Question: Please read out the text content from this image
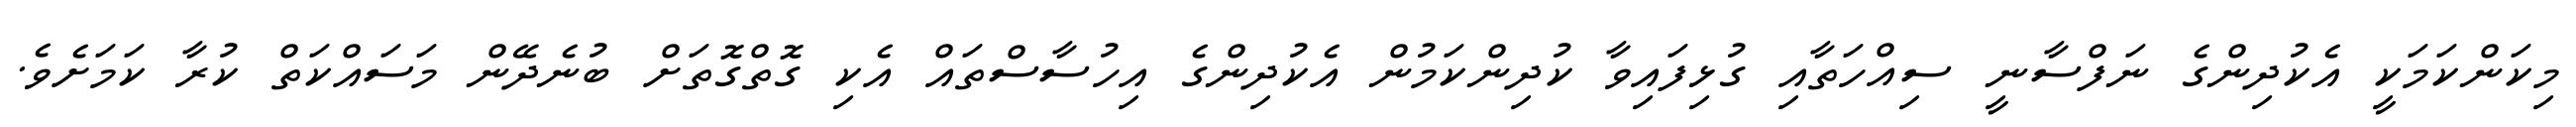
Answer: މިކަންކަމަކީ އެކުދިންގެ ނަފްސާނީ ސިއްހަތާއި ގުޅިފައިވާ ކުދިންކަމުން އެކުދިންގެ އިހުސާސްތައް އެކި ގޮތްގޮތަށް ބުނެދޭން މަސައްކަތް ކުރާ ކަމަށެވެ.